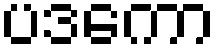
ပဒကော